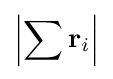
\left|\sum \mathbf {r} _{i}\right|